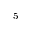
^ 5